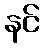
နင်